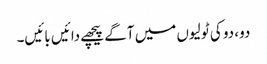
دو، دو کی ٹولیوں میں آگے پیچھے دائیں بائیں۔